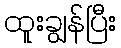
ထူးချွန်ပြီး